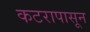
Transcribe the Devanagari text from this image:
कटरापासून